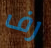
رف